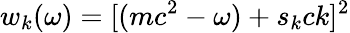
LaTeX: w_{k}(\omega)=[(mc^{2}-\omega)+s_{k}ck]^{2}